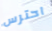
احترس